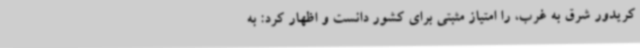
کریدور شرق به غرب، را امتیاز مثبتی برای کشور دانست و اظهار کرد: به